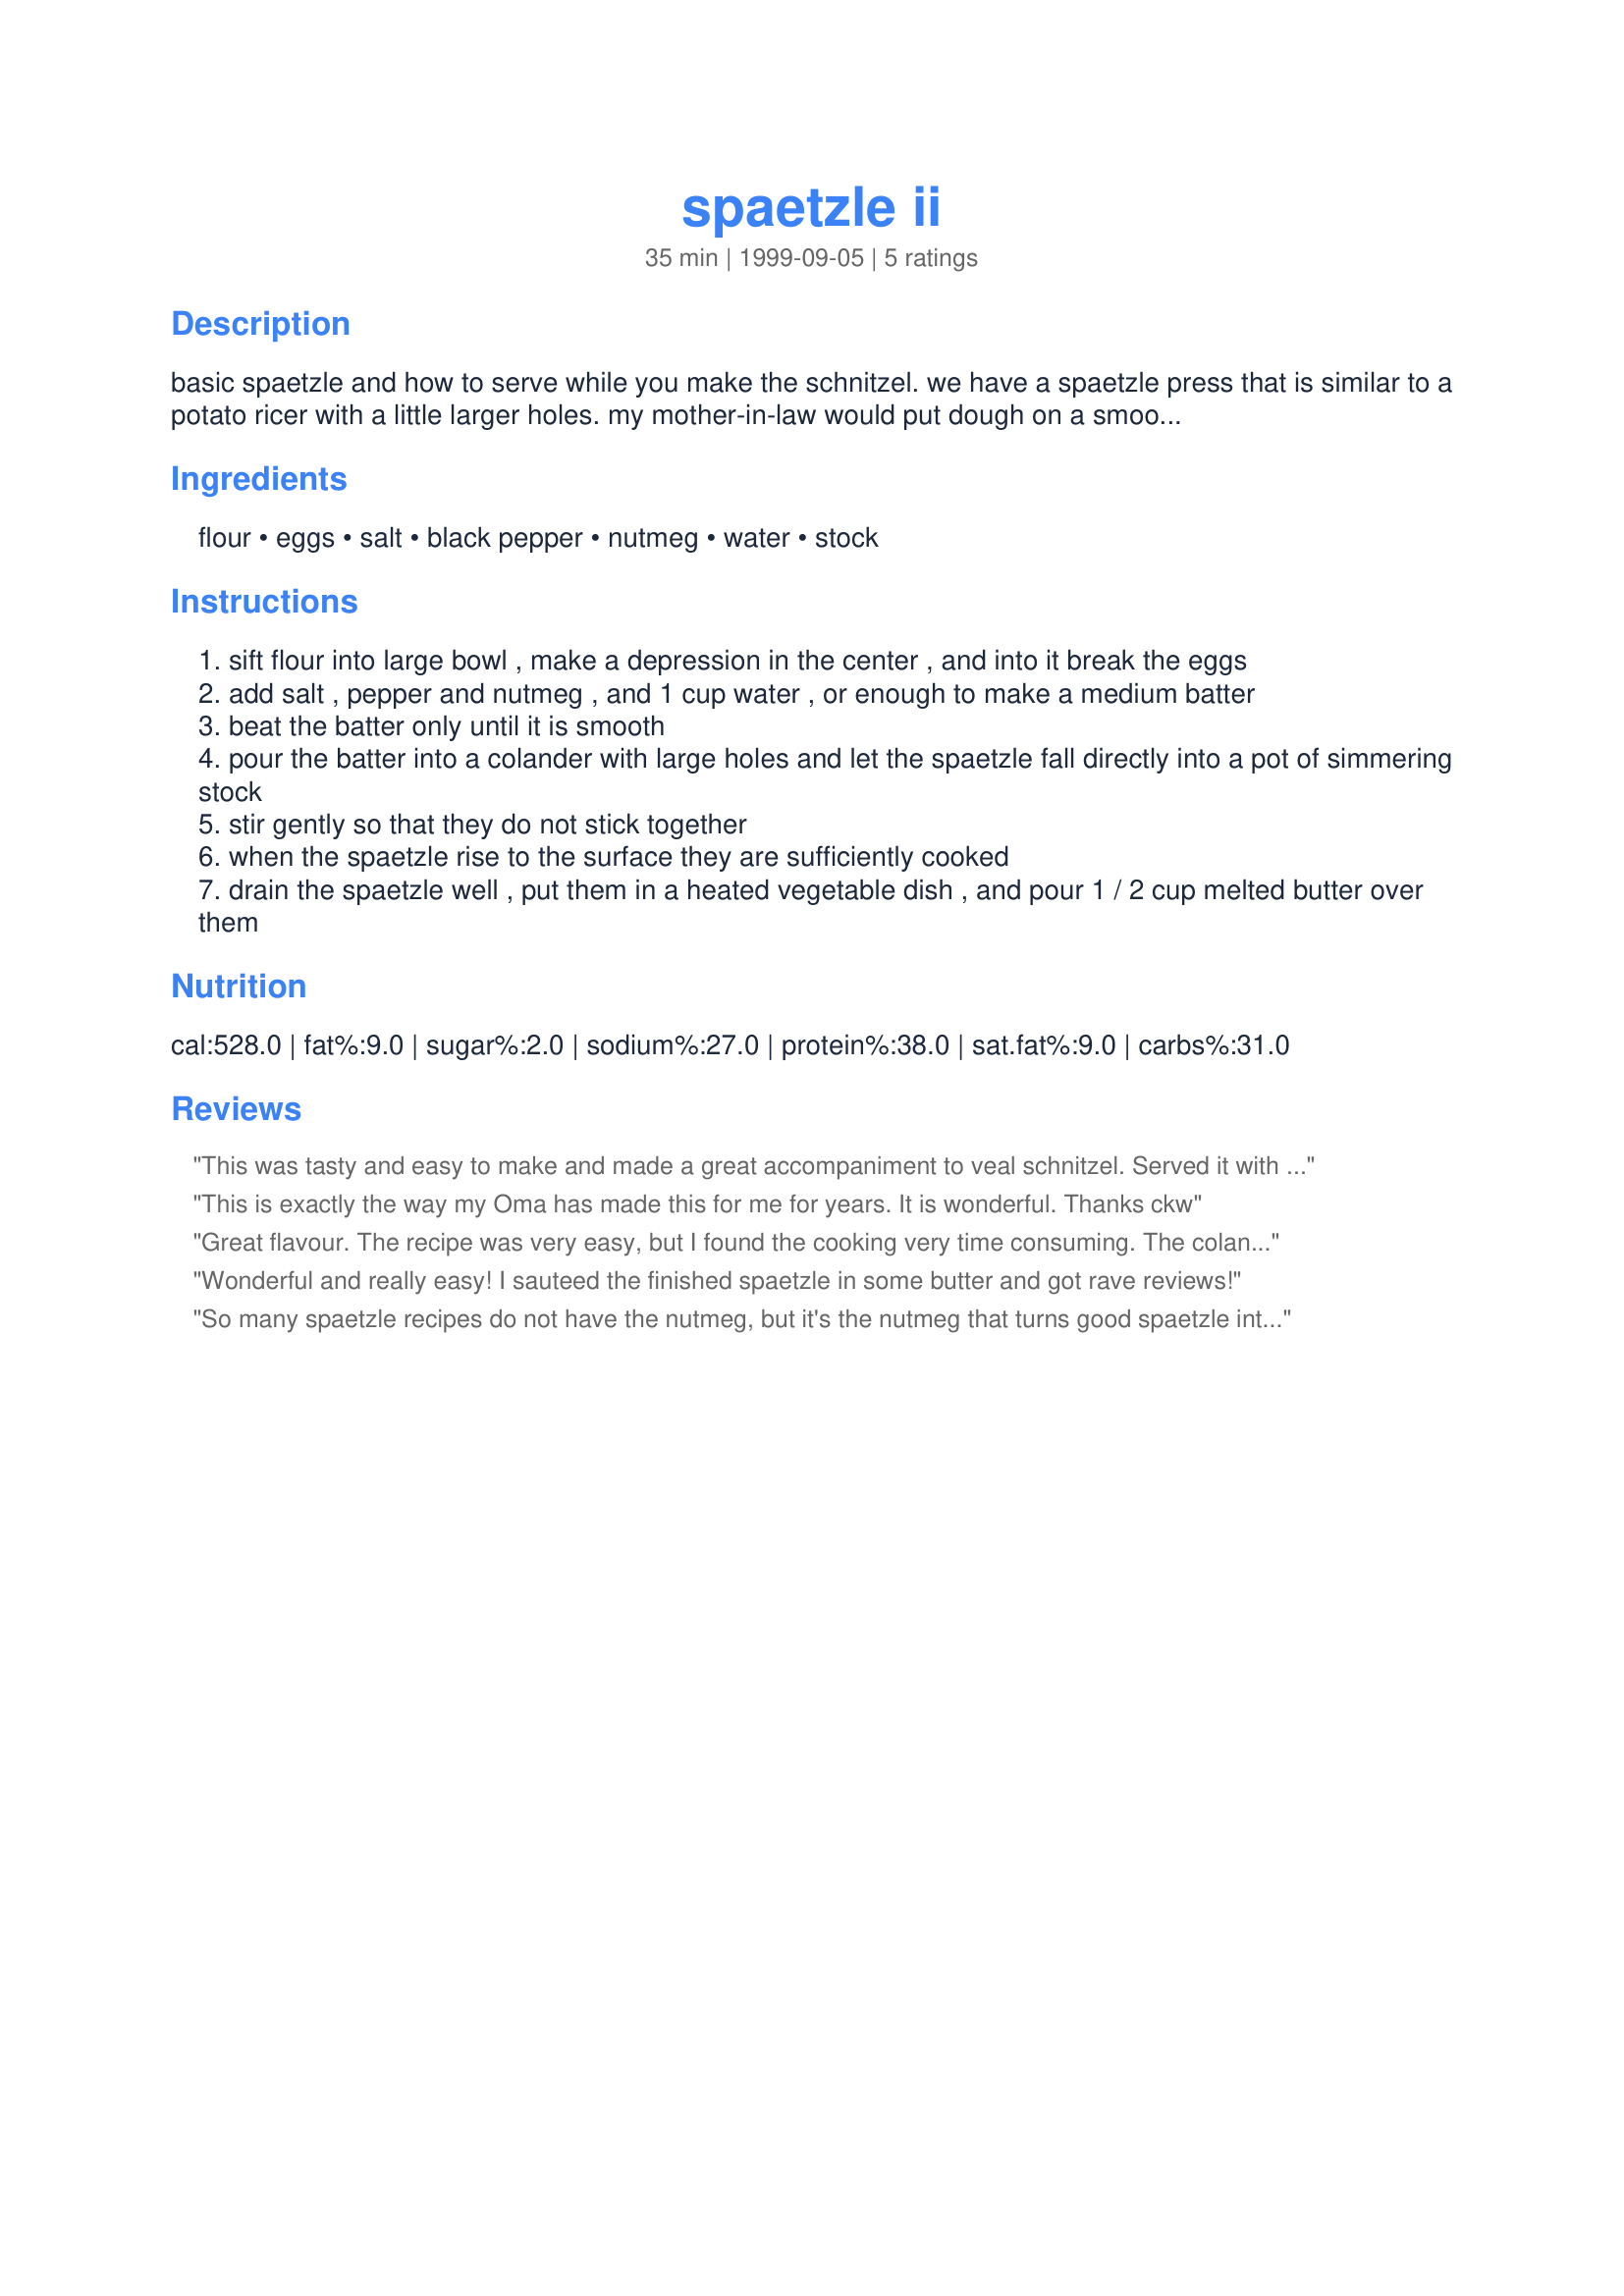
spaetzle ii
Preparation time: 35 minutes

basic spaetzle and how to serve while you make the schnitzel. we have a spaetzle press that is similar to a potato ricer with a little larger holes. my mother-in-law would put dough on a smooth rim plate and tip the plate till it started to slide off and cut off the dough in slivers with a butter knife into the boiling water. when they float they are done and can be skimmed off and put in a bowl. melt the margarine in a pan and stir in breadcrumbs, pour mixture over spaetzle. (posted by john reynolds)

Ingredients:
flour, eggs, salt, black pepper, nutmeg, water, stock

Steps:
sift flour into large bowl , make a depression in the center , and into it break the eggs
add salt , pepper and nutmeg , and 1 cup water , or enough to make a medium batter
beat the batter only until it is smooth
pour the batter into a colander with large holes and let the spaetzle fall directly into a pot of simmering stock
stir gently so that they do not stick together
when the spaetzle rise to the surface they are sufficiently cooked
drain the spaetzle well , put them in a heated vegetable dish , and pour 1 / 2 cup melted butter over them

Reviews:
This was tasty and easy to make and made a great accompaniment to veal schnitzel. Served it with sauteed red capsicums and put a dash of hungarian paprika over the spaetzle
This is exactly the way my Oma has made this for me for years. It is wonderful.

Thanks
ckw
Great flavour. The recipe was very easy, but I found the cooking very time consuming. The colander needs to have very large holes, otherwise... Next time I'll try a potato ricer.
Wonderful and really easy! I sauteed the finished spaetzle in some butter and got rave reviews!
So many spaetzle recipes do not have the nutmeg, but it's the nutmeg that turns good spaetzle into great spaetzle!
